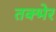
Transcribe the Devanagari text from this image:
तक्भेर